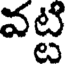
వట్టి